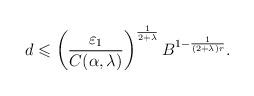
LaTeX: \begin{align*}d\leqslant\left(\frac{\varepsilon_1}{C(\alpha,\lambda)}\right)^{\frac{1}{2+\lambda}}B^{1-\frac{1}{(2+\lambda)r}}.\end{align*}